system: You are a helpful assistant.
user:
Analyze the provided spectrum to determine if it is a **White Dwarf (WD)**.

A White Dwarf spectrum is defined by its **extreme purity** (due to gravitational settling) and/or **extreme pressure broadening** (due to high surface gravity). You must check for one of the following mutually exclusive signatures:

- **Key Visual Indicators (Check for ONE of these types):**

    - **1. DA-Type Signature (Most Common):**
        - **(Primary Feature):** Extreme pressure broadening (Stark broadening) of the **Hydrogen (H) Balmer lines**.
        - **(Key Lines):** $H\beta$ (approx. $4861$ Å) and $H\gamma$ (approx. $4340$ Å). $H\alpha$ (approx. $6563$ Å) will also be present if the wavelength range covers it.
        - **(Line Profile):** This is the **defining feature**. The lines are **NOT** sharp. They appear as massive, **extremely broad and deep "troughs" or "dips"** in the spectrum, often hundreds of Ångströms wide. The continuum will appear to "scoop" down at these wavelengths.
        - **(Distinction):** Normal A-type or B-type stars have *narrow* and *sharp* Hydrogen lines. A DA White Dwarf's lines are unmistakably "smeared" or "blurry" from pressure.

    - **2. DB-Type Signature:**
        - **(Primary Feature):** Broad absorption lines from **Neutral Helium (He I)**. The spectrum must lack any visible Hydrogen lines.
        - **(Key Lines):** Look for broad absorption near $4471$ Å, $4921$ Å, and $5876$ Å.
        - **(Line Profile):** These lines are also significantly pressure-broadened, appearing much wider than they would in a normal B-type main-sequence star.

    - **3. DC-Type Signature:**
        - **(Primary Feature):** A **featureless continuous spectrum**.
        - **(Line Profile):** The spectrum is a smooth curve with **no significant absorption or emission lines**.
        - **(Key Confirmation):** The continuum is almost always **blue or white**, indicating a hot object. This signature implies the atmosphere is so pure (or so cool) that no spectral lines are visible in the optical range. Its WD identity is confirmed by its extremely low intrinsic brightness (high absolute magnitude).

    - **4. DZ-Type Signature (Metal-Polluted):**
        - **(Primary Feature):** **Isolated, narrow metal absorption lines** on an otherwise featureless (DC-like) continuum.
        - **(Key Lines):** The **Calcium (Ca II) H & K doublet** (approx. **$3934$ Å** and **$3968$ Å**) is the most common and defining feature.
        - **(Line Profile):** These lines are "out of place." They are *not* part of a "forest" of thousands of lines. This signature is evidence of recent *accretion* (pollution) from rocky debris.
        - **(Distinction):** Normal G/K/M stars have a *dense forest* of thousands of metal lines. A DZ has a *clean* continuum with *only a few* strong metal lines.

    - **5. DQ-Type Signature (Carbon-Polluted):**
        - **(Primary Feature):** Absorption bands from **Carbon (C₂ "Swan Bands" or atomic C I)**.
        - **(Key Lines - C₂):** Look for bandheads with a "saw-tooth" shape near $5635$ Å, **$5165$ Å** (strongest), and $4737$ Å.
        - **(Key Confirmation):** The underlying **continuum must be blue or white** (hot).
        - **(Distinction):** This is the critical difference from a **Carbon Star**, which has the *exact same* C₂ bands but on an extremely **red, cool** continuum.

- **(Overall Spectrum):**
    - The continuum (overall shape) is typically **blue-sloping** (brighter in the blue than the red), as most white dwarfs are very hot.
    - The spectrum will look "pure" or "simple," dominated by only *one* of the five signatures listed above.

Think first, call **spectral_visualization_tool** if needed to examine features in detail, then provide your final answer. Your response must adhere to the following strict rules:
1.  **Overall Structure:** Your response must follow the format `<think>...</think> <tool_call>...</tool_call> (if a tool is used) <answer>...</answer>`.
2.  **Tool Usage Constraint:** You may only make **one** tool call per turn.
3.  **Final Answer Format:** In the `<answer>` tag, your conclusion must be inside a `\boxed{}` command (e.g., `\boxed{YES}` or `\boxed{NO}`), followed by your justification.

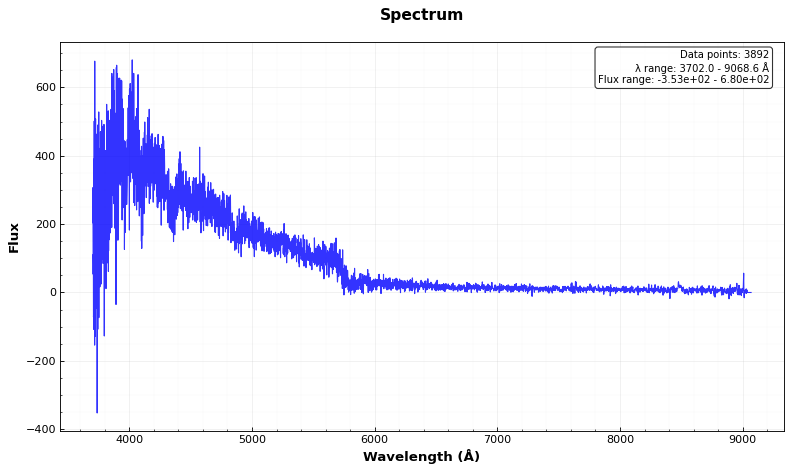
Answer: YES